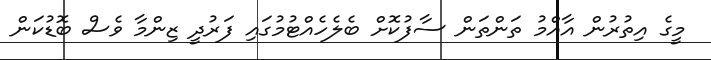
މީގެ އިތުރުން އާއްމު ތަންތަން ސާފުކޮށް ބެލެހެއްޓުމުގައި ފަރުދީ ޒިންމާ ވެސް ބޮޑުކަން